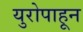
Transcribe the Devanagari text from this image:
युरोपाहून